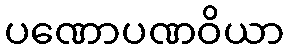
ပဏောပဏဝိယာ